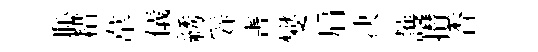
恥耤韋儀綉辤害燮肩决䕶攅香